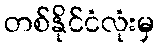
တစ်နိုင်ငံလုံးမှ